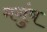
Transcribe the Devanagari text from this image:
मगुंष